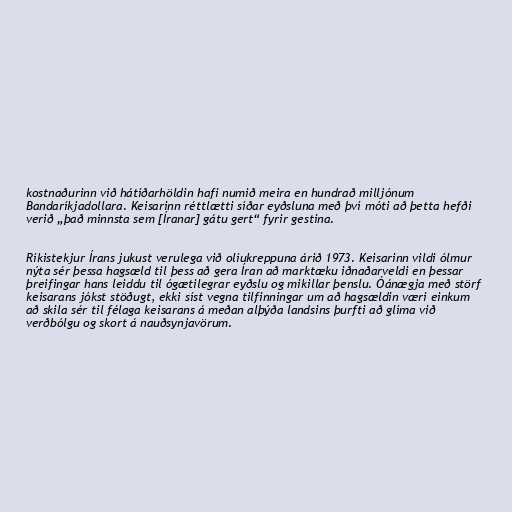
kostnaðurinn við hátíðarhöldin hafi numið meira en hundrað milljónum
Bandaríkjadollara. Keisarinn réttlætti síðar eyðsluna með því móti að þetta hefði
verið „það minnsta sem [Íranar] gátu gert“ fyrir gestina.

Ríkistekjur Írans jukust verulega við olíukreppuna árið 1973. Keisarinn vildi ólmur
nýta sér þessa hagsæld til þess að gera Íran að marktæku iðnaðarveldi en þessar
þreifingar hans leiddu til ógætilegrar eyðslu og mikillar þenslu. Óánægja með störf
keisarans jókst stöðugt, ekki síst vegna tilfinningar um að hagsældin væri einkum
að skila sér til félaga keisarans á meðan alþýða landsins þurfti að glíma við
verðbólgu og skort á nauðsynjavörum.